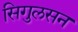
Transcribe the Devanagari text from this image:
सिगुलसन